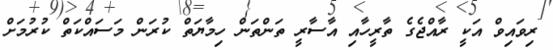
ރިވައިވް އަކީ ރާއްޖެގެ ތާރީހާއި އާސާރީ ތަންތަން ހިމާޔަތް ކުރަން މަސައްކަތް ކުރުމަށް